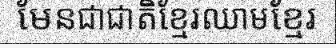
មែនជាជាតិខ្មែរឈាមខ្មែរ